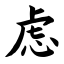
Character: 虑